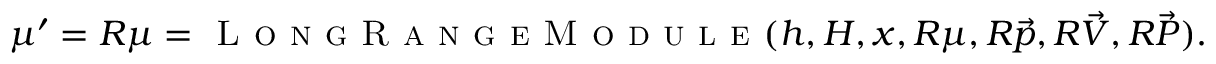
\mu ^ { \prime } = R \mu = \textsc { L o n g R a n g e M o d u l e } ( h , H , x , R \mu , R \vec { p } , R \vec { V } , R \vec { P } ) .